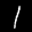
Label: 1